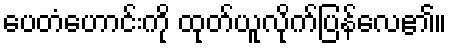
ပေတံဟောင်းကို ထုတ်ယူလိုက်ပြန်လေ၏။